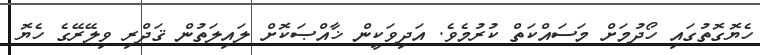
ހެޔޮގޮތުގައި ހޯދުމަށް މަސައްކަތް ކުރުމެވެ. އަދިވަކީން ޚާއްޞަކޮށް ލައިލަތުން ޤަދްރި ވިލޭރޭގެ ހެޔޮ